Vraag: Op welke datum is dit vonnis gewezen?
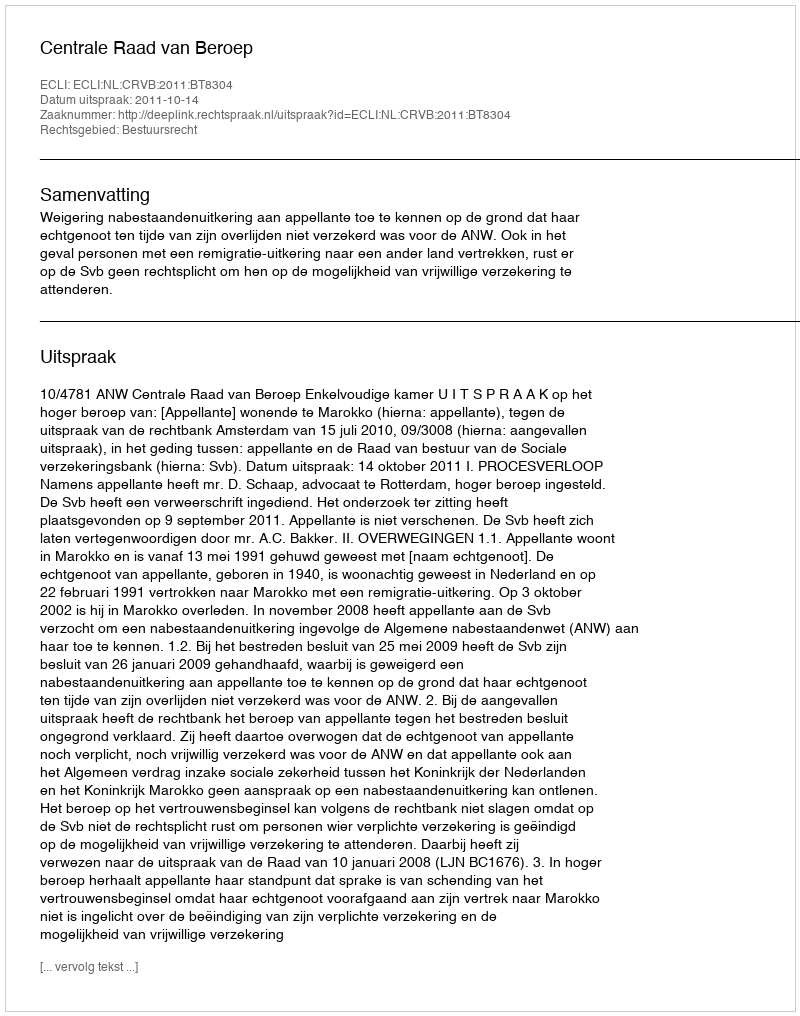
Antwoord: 2011-10-14